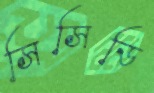
সিসিডি